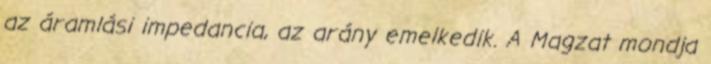
az áramlási impedancia, az arány emelkedik. A Magzat mondja